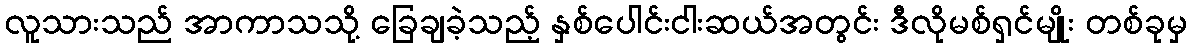
လူသားသည် အာကာသသို့ ခြေချခဲ့သည့် နှစ်ပေါင်းငါးဆယ်အတွင်း ဒီလိုမစ်ရှင်မျိုး တစ်ခုမှ